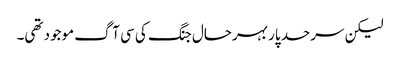
لیکن سرحد پار بہرحال جنگ کی سی آگ موجود تھی۔